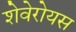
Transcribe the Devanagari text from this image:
शेवेरोयस